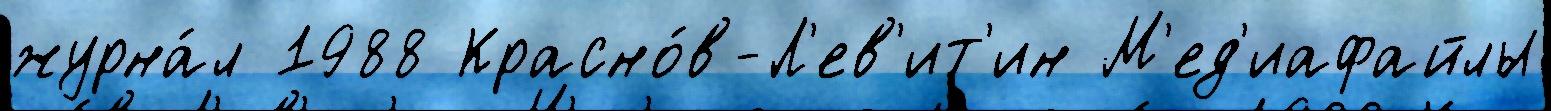
журна́л 1988 Красно́в-Л'ев'ит'ин М'ед'иафайлы